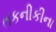
તકનીકીના